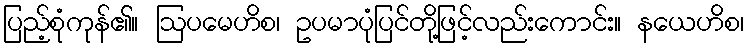
ပြည့်စုံကုန်၏။ ဩပမေဟိစ၊ ဥပမာပုံပြင်တို့ဖြင့်လည်းကောင်း။ နယေဟိစ၊